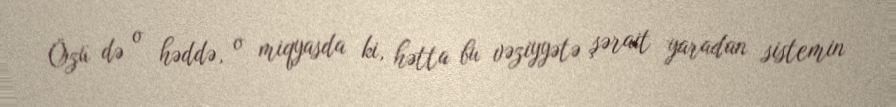
Özü də o həddə, o miqyasda ki, hətta bu vəziyyətə şərait yaradan sistemin